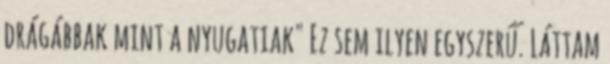
drágábbak mint a nyugatiak" Ez sem ilyen egyszerű. Láttam